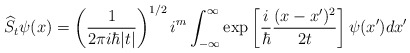
\begin{align*}\widehat{S}_{t}\psi(x)=\left( \frac{1}{2\pi i\hbar|t|}\right) ^{1/2}i^{m}\int_{-\infty}^{\infty}\exp\left[ \frac{i}{\hbar}\frac{(x-x^{\prime})^{2}}{2t}\right] \psi(x^{\prime})dx^{\prime} \end{align*}